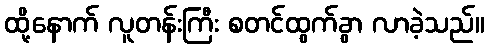
ထို့နောက် လူတန်းကြီး စတင်ထွက်ခွာ လာခဲ့သည်။